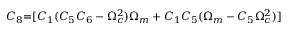
{ C _ { 8 } } \mathrm { { = } } [ { C _ { 1 } } ( { C _ { 5 } } { C _ { 6 } } - \Omega _ { c } ^ { 2 } ) { \Omega _ { m } } + { C _ { 1 } } { C _ { 5 } } ( { \Omega _ { m } } - { C _ { 5 } } \Omega _ { c } ^ { 2 } ) ]